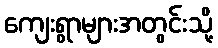
ကျေးရွာများအတွင်းသို့